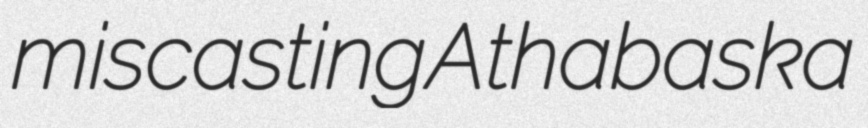
miscasting Athabaska